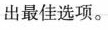
出最佳选项.。